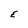
Character: E